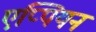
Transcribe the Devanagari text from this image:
एप्पियन